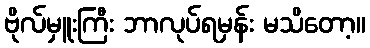
ဗိုလ်မှူးကြီး ဘာလုပ်ရမှန်း မသိတော့။